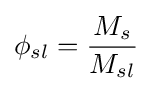
\phi _{sl}={\frac {M_{s}}{M_{sl}}}